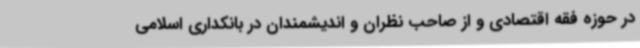
در حوزه فقه اقتصادی و از صاحب نظران و اندیشمندان در بانکداری اسلامی